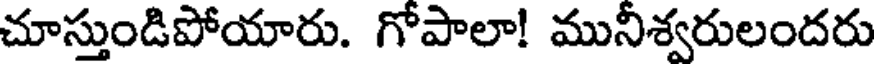
చూస్తుండిపోయారు. గోపాలా! మునిశ్వరులందరు